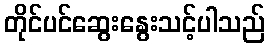
တိုင်ပင်ဆွေးနွေးသင့်ပါသည်